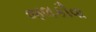
જલકૌવા